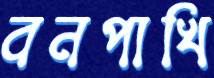
বনপাখি